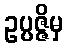
ဥပ္ပဇ္ဇိမှ